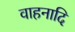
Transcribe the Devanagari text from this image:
वाहनादि